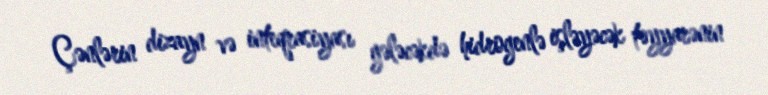
Çənlərin dizayn və inteqrasiyası gələcəkdə hidrogenlə işləyəcək təyyarənin